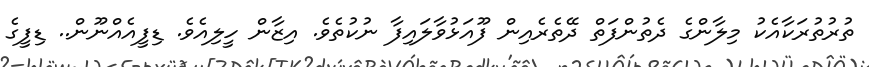
ތުރުތުރަކާއެކު މިލާންގެ ދެތުންފަތް ދޭތެރެއިން ފޫއަޅުވާލައިފާ ނުކުތެވެ. އިޒާން ހީލިއެވެ. ޑިފީއެއްނޫން.. ޑިފީގެ